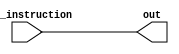
//Program counter for the led matrix
module matrix_driver (raw_instruction, out); 

	input [15:0] raw_instruction;
	output reg[15:0] out;
	
	always @(raw_instruction) begin
		out = raw_instruction;
	end
	
endmodule